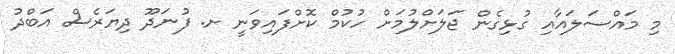
މި މައްސަލައާއި ގުޅިގެން ޖަލަށްލުމަށް ހުކުމް ކޮށްފައިވަނީ ށ. ފުނަދޫ ދިޔަރެސް އަބްދު